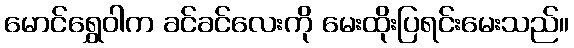
မောင်ရွှေဝါက ခင်ခင်လေးကို မေးထိုးပြရင်းမေးသည်။